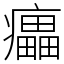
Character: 㿔